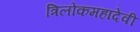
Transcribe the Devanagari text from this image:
त्रिलोकमहादेवी